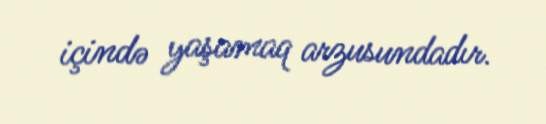
içində yaşamaq arzusundadır.